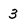
Character: 3